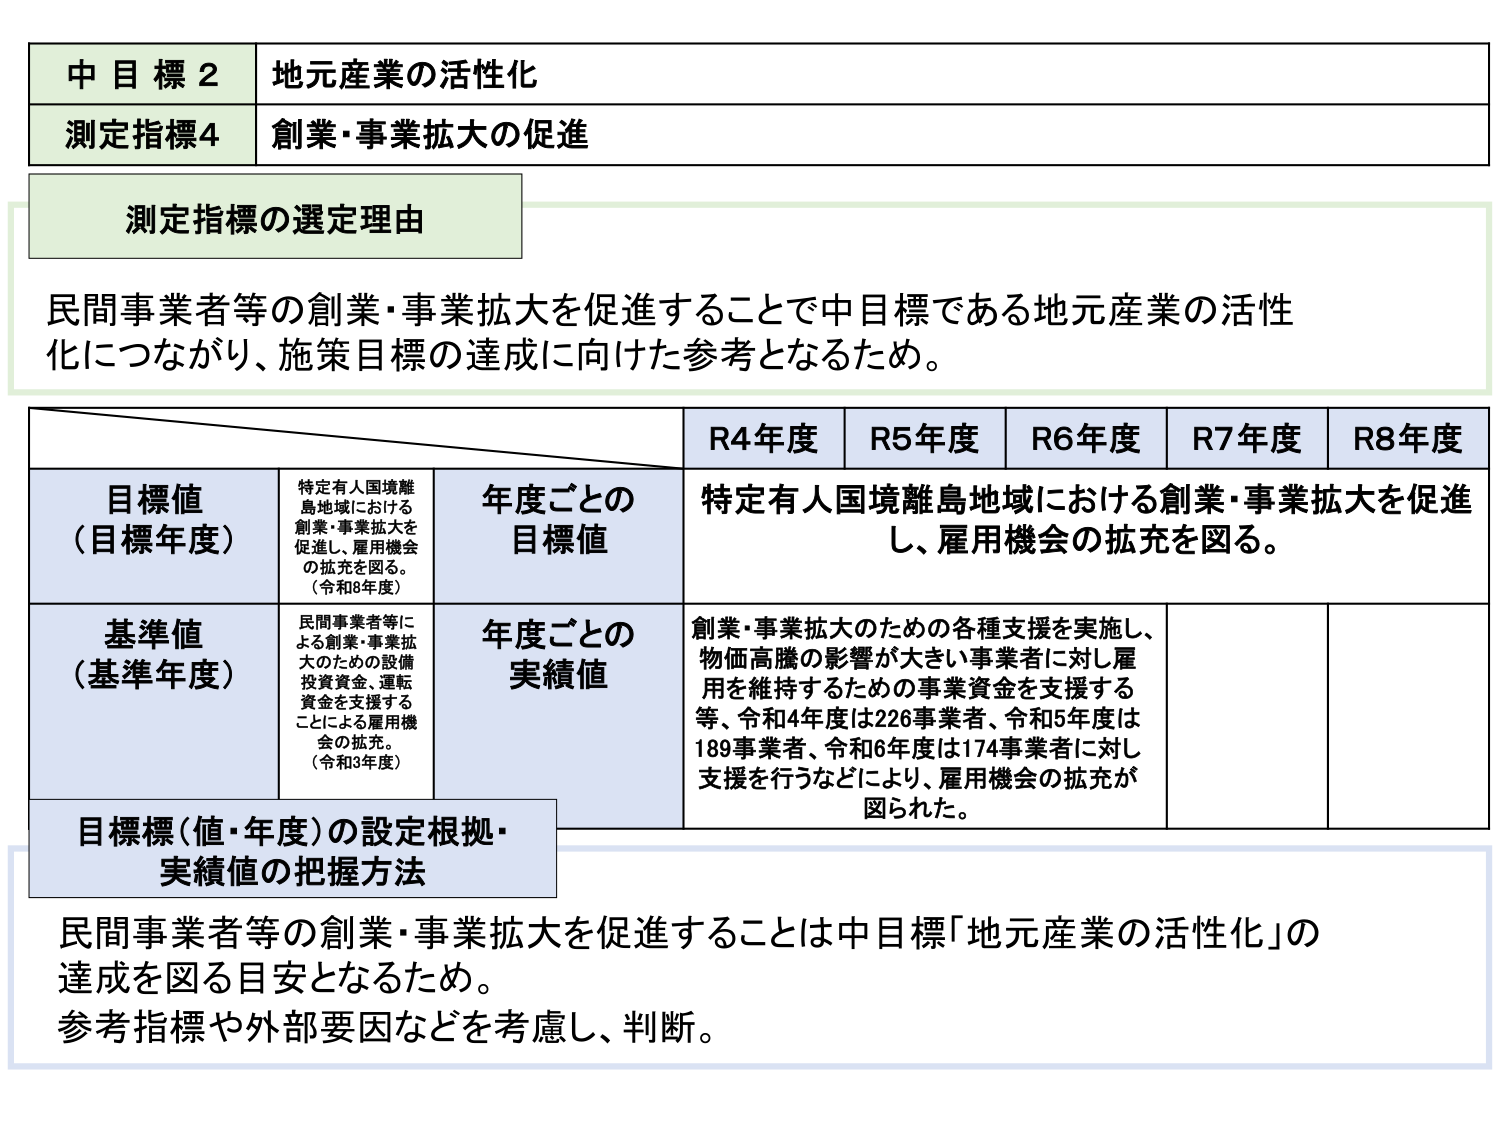
中目標2 地元産業の活性化
測定指標4 創業・事業拡大の促進

測定指標の選定理由
民間事業者等の創業・事業拡大を促進することで中目標である地元産業の活性化につながり、施策目標の達成に向けた参考となるため。

R4年度 R5年度 R6年度 R7年度 R8年度
目標値（目標年度） 特定有人国境離島地域における創業・事業拡大を促進し、雇用機会の拡充を図る。（令和8年度） 年度ごとの目標値 特定有人国境離島地域における創業・事業拡大を促進し、雇用機会の拡充を図る。
基準値（基準年度） 民間事業者等による創業・事業拡大のための設備投資資金、運転資金を支援することによる雇用機会の拡充。（令和3年度） 年度ごとの実績値 創業・事業拡大のための各種支援を実施し、物価高騰の影響が大きい事業者に対し雇用を維持するための事業資金を支援する等、令和4年度は226事業者、令和5年度は189事業者、令和6年度は174事業者に対し支援を行うなどにより、雇用機会の拡充が図られた。

目標標（値・年度）の設定根拠・実績値の把握方法
民間事業者等の創業・事業拡大を促進することは中目標「地元産業の活性化」の達成を図る目安となるため。
参考指標や外部要因などを考慮し、判断。